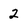
Character: 2